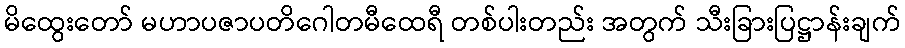
မိထွေးတော် မဟာပဇာပတိဂေါတမီထေရီ တစ်ပါးတည်း အတွက် သီးခြားပြဋ္ဌာန်းချက်